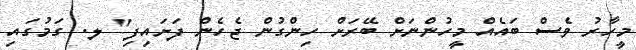
މީހާރު ވެސް ބައެއް މީހުންނަށް ބޭރަށް ހިންގުން ޖެހެން ފަށައިފި" ލ. ގަމުގައި